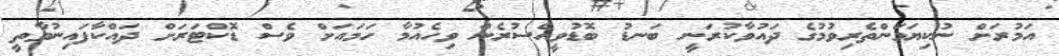
އަމުރަށް ނުކިޔަމަންތެރިވުމުގެ ދައުވާކުރަނީ ބަނޑު ބޮޑުވީއްސުރެން ވިހެއުމާ ހަމައަށް ވެސް ޑޮކްޓަރަށް ދައްކާފައިނުވާތީ